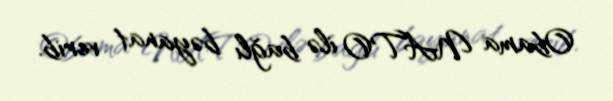
Obama NATO ilə bağlı bəyanat verib.